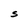
Character: S